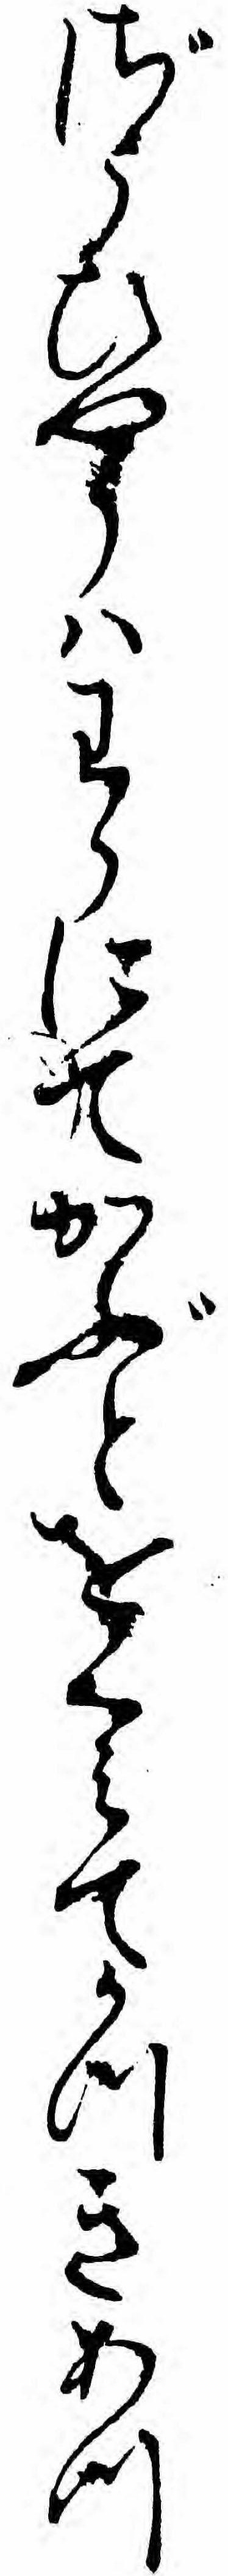
ざうひやうハわらにてかぶとをくミてかつきあつ